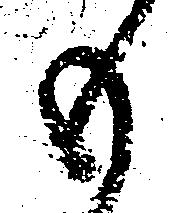
も